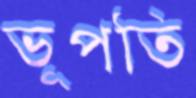
ভূপতি